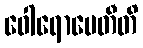
ဝေါရောပေတီတိ